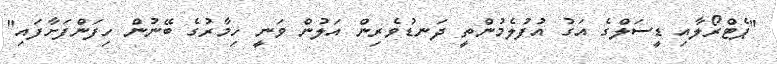
"ޕެޓްރޯލާއި ޑީސަލްގެ އަގު އުފުލެމުންތީ ދަނޑުވެރިން އަލުން ވަނީ ހިމާރުގެ ބޭނުން ހިފަންފަށާފައި"